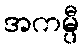
အကမ္ပီ